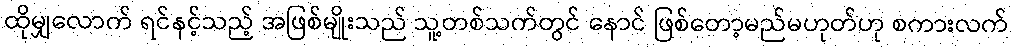
ထိုမျှလောက် ရင်နင့်သည့် အဖြစ်မျိုးသည် သူ့တစ်သက်တွင် နောင် ဖြစ်တော့မည်မဟုတ်ဟု စကားလက်